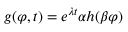
g ( \varphi , t ) = e ^ { \lambda t } \alpha h ( \beta \varphi )